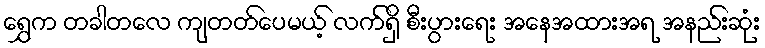
ရွှေက တခါတလေ ကျတတ်ပေမယ့် လက်ရှိ စီးပွားရေး အနေအထားအရ အနည်းဆုံး